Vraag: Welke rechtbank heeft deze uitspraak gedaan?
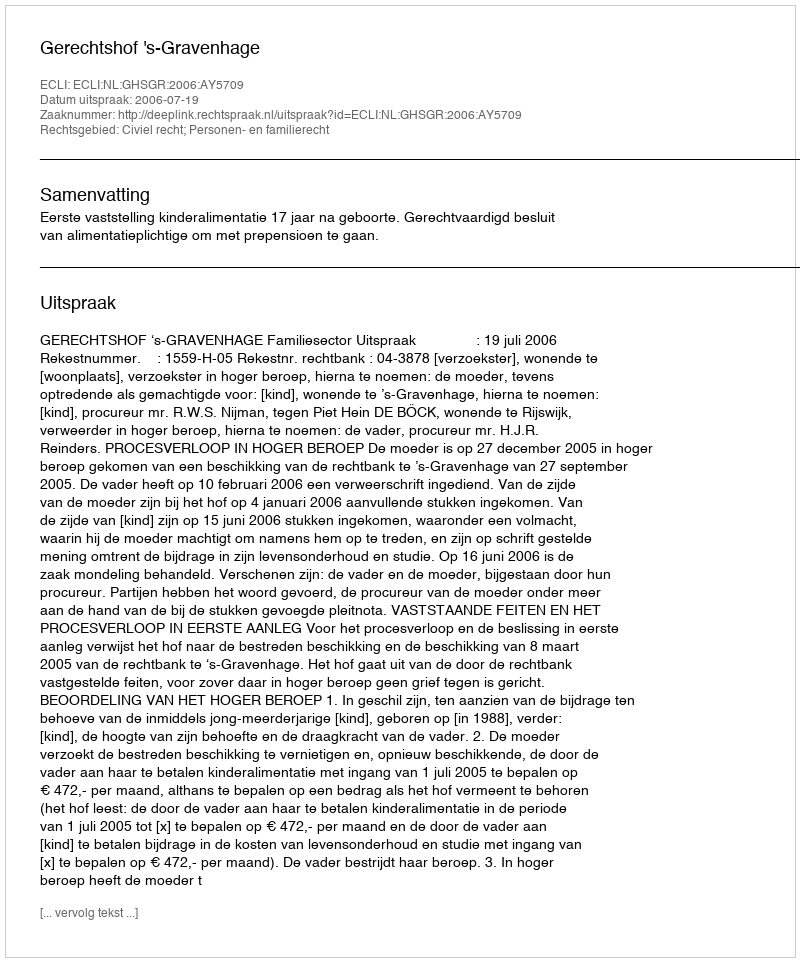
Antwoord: Gerechtshof 's-Gravenhage